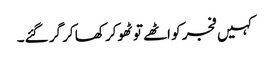
کہیں فجر کو اٹھے تو ٹھوکر کھا کر گر گئے۔